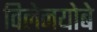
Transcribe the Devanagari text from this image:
विलेनयोबे